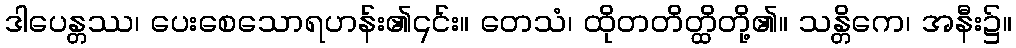
ဒါပေန္တဿ၊ ပေးစေသောရဟန်း၏၎င်း။ တေသံ၊ ထိုတတိတ္ထိတို့၏။ သန္တိကေ၊ အနီး၌။